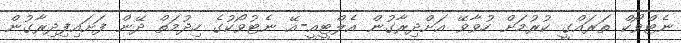
ނެޓްވޯކް ތަރައްގީ ކުރުމަށް ހުވާވޭ އަށްދިރާގުން އެލްޓީއީ-އޭ ނެޓުވޯކުގެ ހިދުމަތް ދޭން ފަށައިފިދިރާގުން